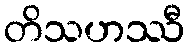
တိသဟဿီ